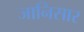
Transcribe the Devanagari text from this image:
जानिसार